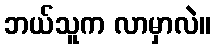
ဘယ်သူက လာမှာလဲ။